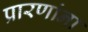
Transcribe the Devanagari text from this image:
प्रारणांना